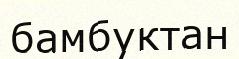
бамбуктан